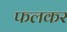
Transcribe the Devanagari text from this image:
फलकर